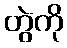
တွဲကို